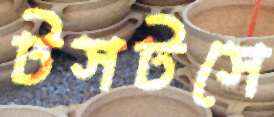
টসটসে